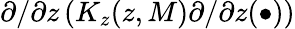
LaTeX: \partial/\partial z\left(K_{z}(z,M)\partial/\partial z(\bullet)\right)